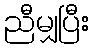
ညီမျှပြီး